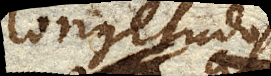
longitudo